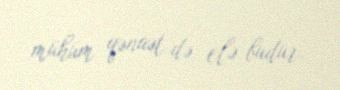
mühüm qənaət də elə budur.